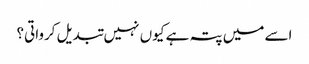
اسے میں پتہ ہے کیوں نہیں تبدیل کرواتی؟